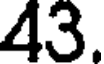
43.